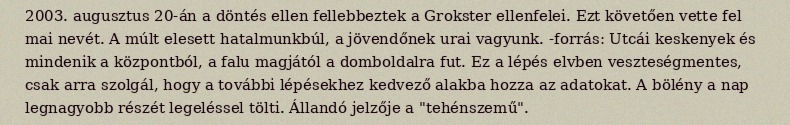
2003. augusztus 20-án a döntés ellen fellebbeztek a Grokster ellenfelei. Ezt követően vette fel mai nevét. A múlt elesett hatalmunkbúl, a jövendőnek urai vagyunk. -forrás: Utcái keskenyek és mindenik a központból, a falu magjától a domboldalra fut. Ez a lépés elvben veszteségmentes, csak arra szolgál, hogy a további lépésekhez kedvező alakba hozza az adatokat. A bölény a nap legnagyobb részét legeléssel tölti. Állandó jelzője a "tehénszemű".